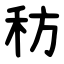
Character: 䄱